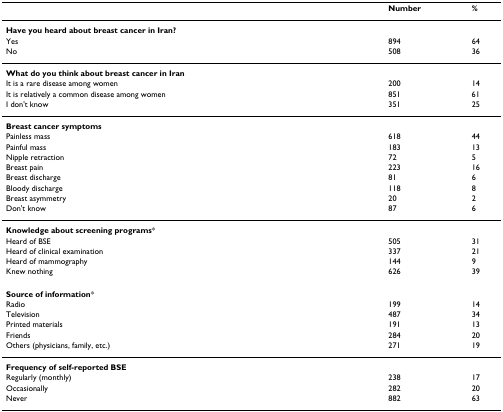
|  | Number | % |
 | --- | --- | --- |
 | Have you heard about breast cancer in Iran? |  |  |
 | Yes | 894 | 64 |
 | No | 508 | 36 |
 | What do you think about breast cancer in Iran |  |  |
 | It is a rare disease among women | 200 | 14 |
 | It is relatively a common disease among women | 851 | 61 |
 | I don't know | 351 | 25 |
 | Breast cancer symptoms |  |  |
 | Painless mass | 618 | 44 |
 | Painful mass | 183 | 13 |
 | Nipple retraction | 72 | 5 |
 | Breast pain | 223 | 16 |
 | Breast discharge | 81 | 6 |
 | Bloody discharge | 118 | 8 |
 | Breast asymmetry | 20 | 2 |
 | Don't know | 87 | 6 |
 | Knowledge about screening programs* |  |  |
 | Heard of BSE | 505 | 31 |
 | Heard of clinical examination | 337 | 21 |
 | Heard of mammography | 144 | 9 |
 | Knew nothing | 626 | 39 |
 | Source of information* |  |  |
 | Radio | 199 | 14 |
 | Television | 487 | 34 |
 | Printed materials | 191 | 13 |
 | Friends | 284 | 20 |
 | Others (physicians, family, etc.) | 271 | 19 |
 | Frequency of self-reported BSE |  |  |
 | Regularly (monthly) | 238 | 17 |
 | Occasionally | 282 | 20 |
 | Never | 882 | 63 |